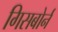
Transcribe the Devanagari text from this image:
गिसबोर्न